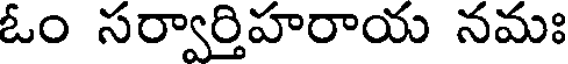
ఓం సర్వార్తిహరాయ నమః